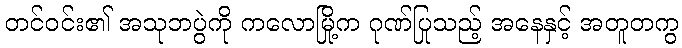
တင်ဝင်း၏ အသုဘပွဲကို ကလောမြို့က ဂုဏ်ပြုသည့် အနေနှင့် အတူတကွ